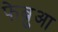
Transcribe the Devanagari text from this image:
फेब्रुआ